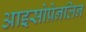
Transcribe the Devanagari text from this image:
आइसोप्रेनलिन